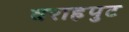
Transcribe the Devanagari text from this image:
वराहपुट